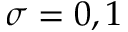
\sigma = 0 , 1